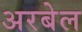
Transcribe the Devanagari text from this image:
अरबेल